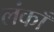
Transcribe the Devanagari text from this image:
लंकाँ